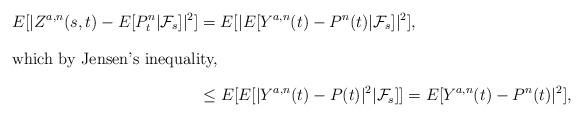
LaTeX: \begin{align*} E[|Z^{a,n}(s,t) -E[P^n_t|\mathcal{F}_s]|^2] &= E[|E[Y^{a,n}(t)-P^n(t)|\mathcal{F}_s]|^2],\\ \intertext{which by Jensen's inequality,} &\leq E[E[|Y^{a,n}(t)-P(t)|^2|\mathcal{F}_s]] = E[Y^{a,n}(t)-P^n(t)|^2], \end{align*}